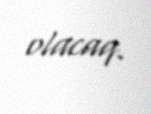
olacaq.